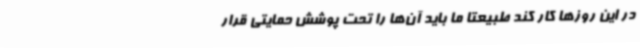
در این روزها کار کند طبیعتا ما باید آن‌ها را تحت پوشش حمایتی قرار